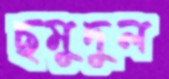
ছমুদুল